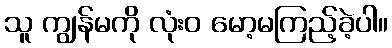
သူ ကျွန်မကို လုံးဝ မော့မကြည့်ခဲ့ပါ။